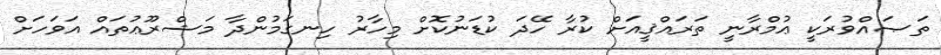
ތަޞައްވުރަކީ ޢުމްރާނީ ތަރައްޤީއަށް ކުރާ ހޭދަ ކުޑަނުކޮށް މިހާރު ހިނގަމުންދާ މަޝްރޫޢުތައް އަވަހަށް